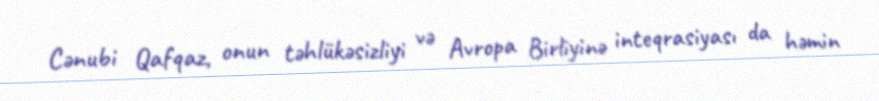
Cənubi Qafqaz, onun təhlükəsizliyi və Avropa Birliyinə inteqrasiyası da həmin